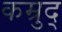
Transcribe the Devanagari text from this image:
कम्रुद्